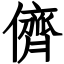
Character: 儕